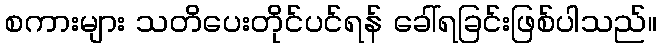
စကားများ သတိပေးတိုင်ပင်ရန် ခေါ်ရခြင်းဖြစ်ပါသည်။